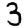
Digit: 3